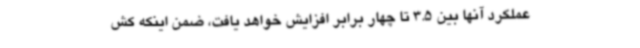
عملکرد آنها بین 3.5 تا چهار برابر افزایش خواهد یافت، ضمن اینکه کش